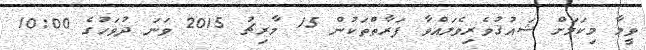
ވީމާ މިކަމަށް ޝައުޤުވެރިވެލައްވާ ފަރާތްތަކުން 15 މާރިޗު 2015 ވަނަ ދުވަހުގެ 10:00